Annual administration and progress report of the Indian Medical Department, Bombay
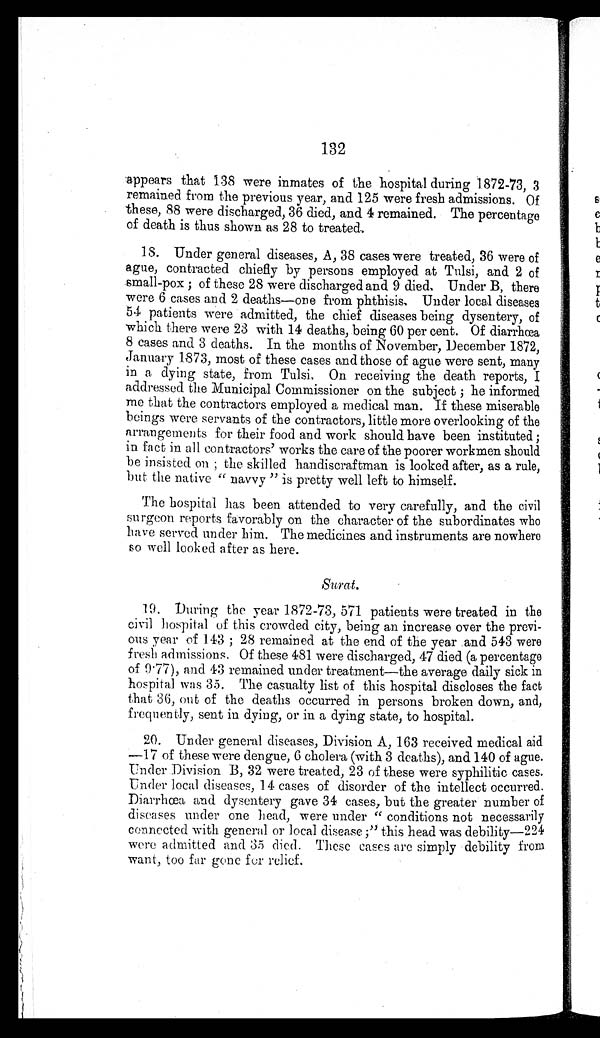
132
appears that 138 were inmates of the hospital during 1872-73, 3
remained from the previous year, and 125 were fresh admissions. Of
these, 88 were discharged, 36 died, and 4 remained. The percentage
of death is thus shown as 28 to treated.
18. Under general diseases, A, 38 cases were treated, 36 were of
ague, contracted chiefly by persons employed at Tulsi, and 2 of
small-pox; of these 28 were discharged and 9 died. Under B, there
were 6 cases and 2 deaths—one from phthisis. Under local diseases
54 patients were admitted, the chief diseases being dysentery, of
which there were 23 with 14 deaths, being 60 per cent. Of diarrhœa
8 cases and 3 deaths. In the months of November, December 1872,
January 1873, most of these cases and those of ague were sent, many
in a dying state, from Tulsi. On receiving the death reports, I
addressed the Municipal Commissioner on the subject; he informed
me that the contractors employed a medical man. If these miserable
beings were servants of the contractors, little more overlooking of the
arrangements for their food and work should have been instituted;
in fact in all contractors' works the care of the poorer workmen should
be insisted on; the skilled handiscraftman is looked after, as a rule,
but the native "navvy" is pretty well left to himself.
The hospital has been attended to very carefully, and the civil
surgeon reports favorably on the character of the subordinates who
have served under him. The medicines and instruments are nowhere
so well looked after as here.
Surat.
During the year 1872-73, 571 patients were treated in the
civil hospital of this crowded city, being an increase over the previ
-ous year of 143; 28 remained at the end of the year and 543 were
fresh admissions. Of these 481 were discharged, 47 died (a percentage
of 9.77), and 43 remained under treatment—the average daily sick in
hospital was 35. The casualty list of this hospital discloses the fact
that 36, out of the deaths occurred in persons broken down, and,
frequently, sent in dying, or in a dying state, to hospital.
20. Under general diseases, Division A, 163 received medical aid
—17 of these were dengue, 6 cholera (with 3 deaths), and 140 of ague.
Under Division B, 32 were treated, 23 of these were syphilitic cases.
Under local diseases, 14 cases of disorder of the intellect occurred.
Diarrhœa and dysentery gave 34 cases, but the greater number of
diseases under one head, were under "conditions not necessarily
connected with general or local disease;" this head was debility—224
were admitted and 35 died. These cases arc simply debility from
want, too far gone fer relief.